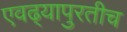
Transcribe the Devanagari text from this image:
एवढ्यापुरतीच